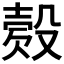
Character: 𣪳